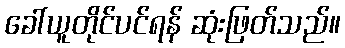
ခေါ်ယူတိုင်ပင်ရန် ဆုံးဖြတ်သည်။